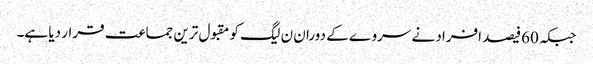
جبکہ 60فیصد افراد نے سروے کے دوران ن لیگ کو مقبول ترین جماعت قرار دیا ہے۔